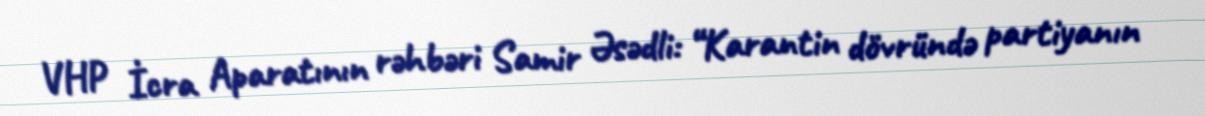
VHP İcra Aparatının rəhbəri Samir Əsədli: “Karantin dövründə partiyanın